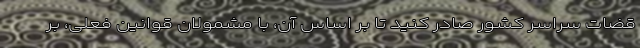
قضات سراسر کشور صادر کنید تا بر اساس آن، با مشمولان قوانین فعلی، بر